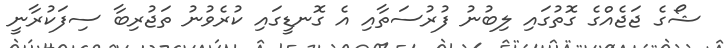
ޝޯގެ ޖަޖެއްގެ ގޮތުގައި ލިބުނު ފުރުސަތާއި އެ ގޮނޑީގައި ކުރެވުނު ތަޖުރިބާ ސިފަކުރާނީ